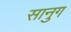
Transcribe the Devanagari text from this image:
सानुग